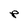
Character: P